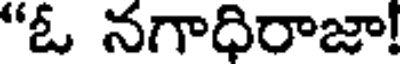
"ఓ నగాధిరాజా!